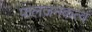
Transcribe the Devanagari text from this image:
फलजनकत्वं